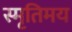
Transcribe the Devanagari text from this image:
स्मृतिमय